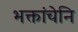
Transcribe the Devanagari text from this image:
भक्तांचेनि